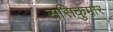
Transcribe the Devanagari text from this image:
ससिकुमार